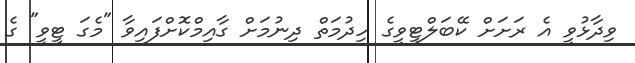
ވިދާޅުވީ އެ ރަށަށް ކޭބަލްޓީވީގެ ހިދުމަތް ދިނުމަށް ގާއިމްކޮށްފައިވާ "މެގަ ޓީވީ" ގެ